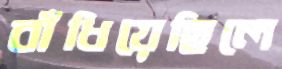
বাঁধিয়েছিলে